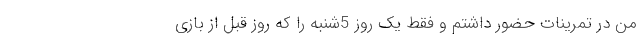
من در تمرینات حضور داشتم و فقط یک روز 5شنبه را که روز قبل از بازی